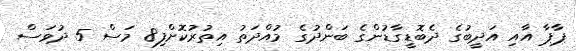
ޕާޕާ އާއި އަދީބުގެ ދެބޮޑީގާޑުންގެ ބަންދުގެ މުއްދަތު އިތުރުކޮށްފި8 މަސް 5 ދުވަސް